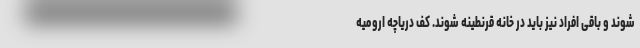
شوند و باقی افراد نیز باید در خانه قرنطینه شوند. کف دریاچه ارومیه